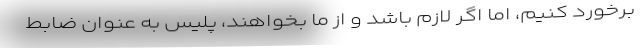
برخورد کنیم، اما اگر لازم باشد و از ما بخواهند، پلیس به عنوان ضابط